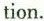
tion.